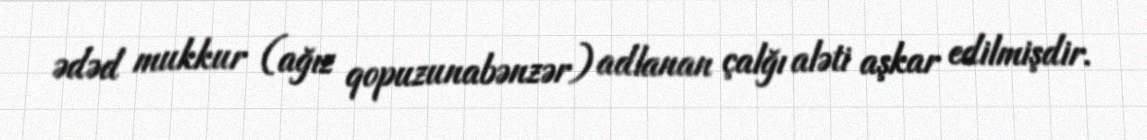
ədəd mukkur (ağız qopuzunabənzər) adlanan çalğı aləti aşkar edilmişdir.